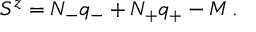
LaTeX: S ^ { z } = N _ { - } q _ { - } + N _ { + } q _ { + } - M \, .